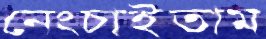
নেংচাইতাম